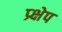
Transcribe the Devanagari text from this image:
प्र्क्षेप